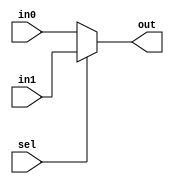
`timescale 1ns / 1ps
//////////////////////////////////////////////////////////////////////////////////
// Company: 
// Engineer: 
// 
// Design Name: 
// Module Name:    mux2X1 
// Project Name: 
// Target Devices: 
// Tool versions: 
// Description: 
//
// Dependencies: 
//
// Revision: 
// Revision 0.01 - File Created
// Additional Comments: 
//
//////////////////////////////////////////////////////////////////////////////////
module mux2X1
    # ( parameter width=16 )
	 (
    input [width-1:0] in0,in1,
    input sel,
    output [width-1:0] out
    );

    assign out=(sel)?in1:in0;

endmodule